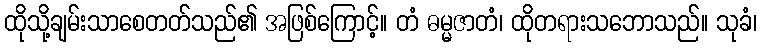
ထိုသို့ချမ်းသာစေတတ်သည်၏ အဖြစ်ကြောင့်။ တံ ဓမ္မဇာတံ၊ ထိုတရားသဘောသည်။ သုခံ၊